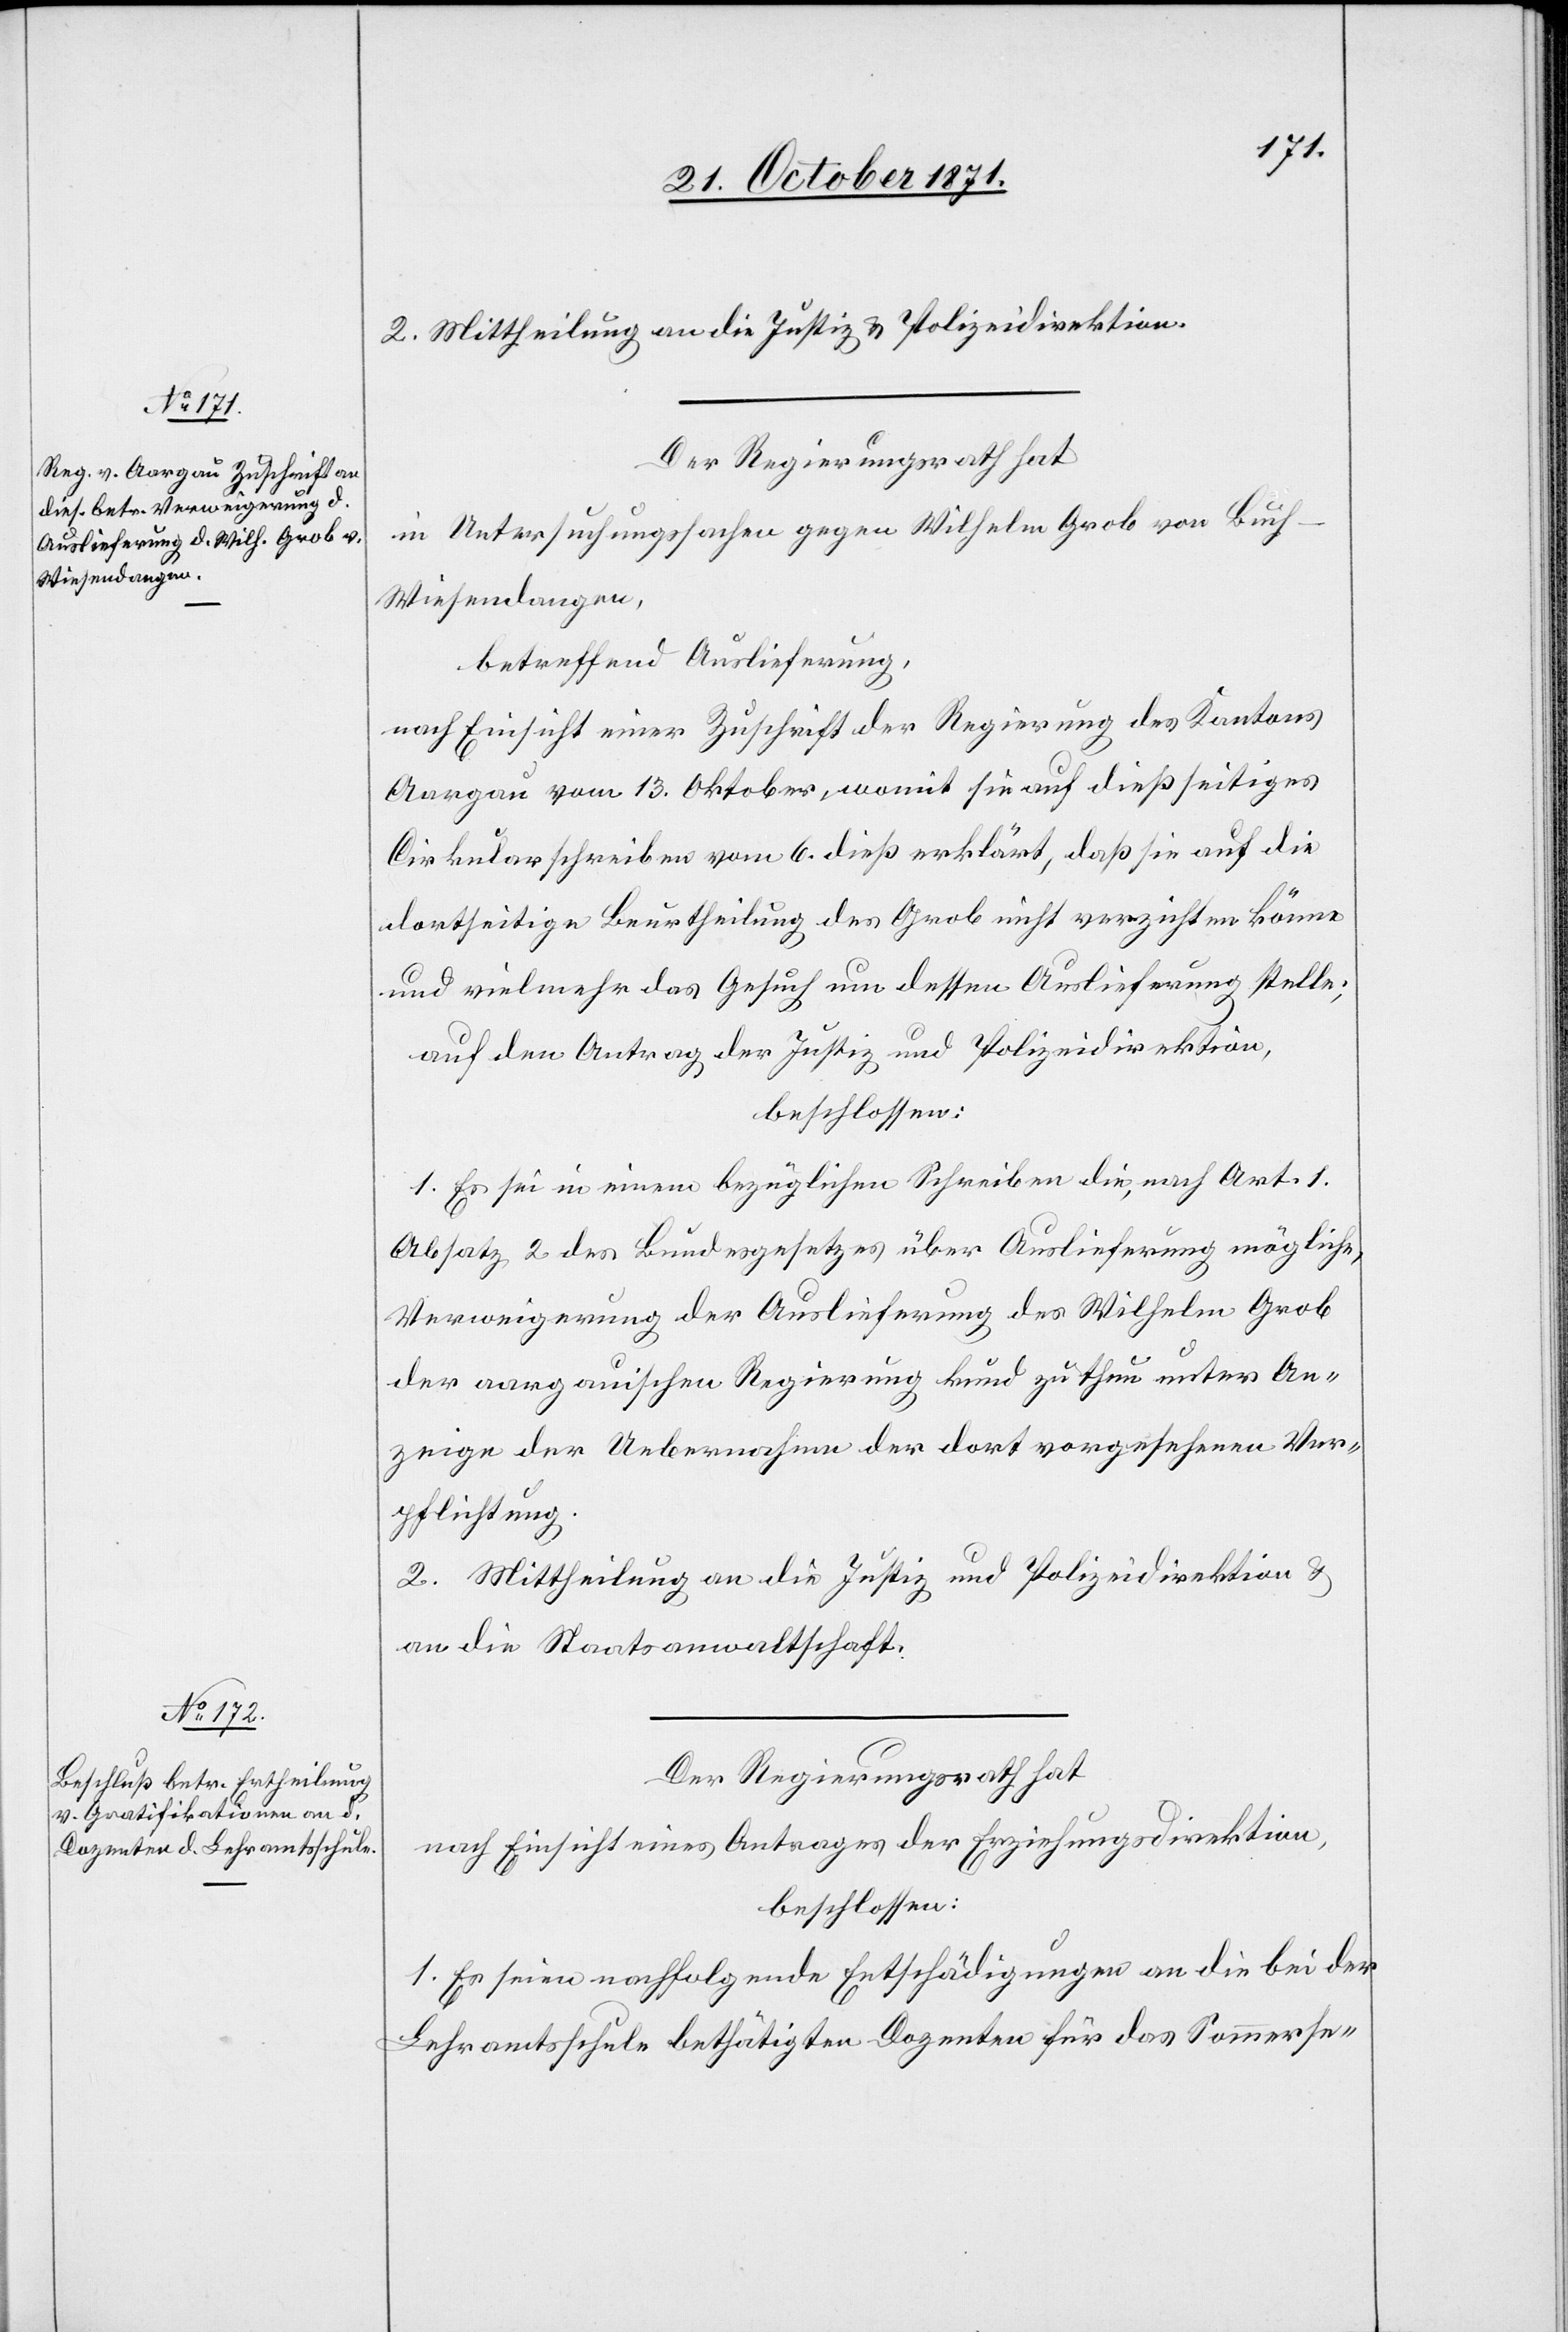
2. Mittheilung an die Justiz- & Polizeidirektion
Der Regierungsrath hat,
der Untersuchungssache gegen Wilhelm Grob von Buc¬
h-Wiesendangen,
betreffend Auslieferung,
nach Einsicht einer Zuschrift der Regierung des Kantons
Aargau vom 13. Oktober, womit sie auf dießseitiges
Cirkularschreiben vom 6. dieß erklärt, daß sie auf die
dortseitige Beurtheilung des Grob nicht verzichten könne
und vielmehr das Gesuch um dessen Auslieferung stelle;
auf den Antrag der Justiz- und Polizeidirektion,
beschlossen:
1. Es sei in einem bezüglichen Schreiben die, nach Art. 1
Absatz 2 des Bundesgesetzes über Auslieferung mögliche,
Verweigerung der Auslieferung des Wilhelm Grob
der aargauischen Regierung kund zu thun unter An¬
zeige der Uebernahme der dort vorgesehenen Ver¬
pflichtung.
an die Staatsanwaltschaft.
Der Regierungsrath hat,
nach Einsicht eines Antrages der Erziehungsdirektion,
beschlossen:
1. Es seien nachfolgende Entschädigungen an die bei der
Lehramtsschule bethätigten Dozenten für das Sommerse-